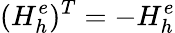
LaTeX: (H_{h}^{e})^{T}=-H_{h}^{e}